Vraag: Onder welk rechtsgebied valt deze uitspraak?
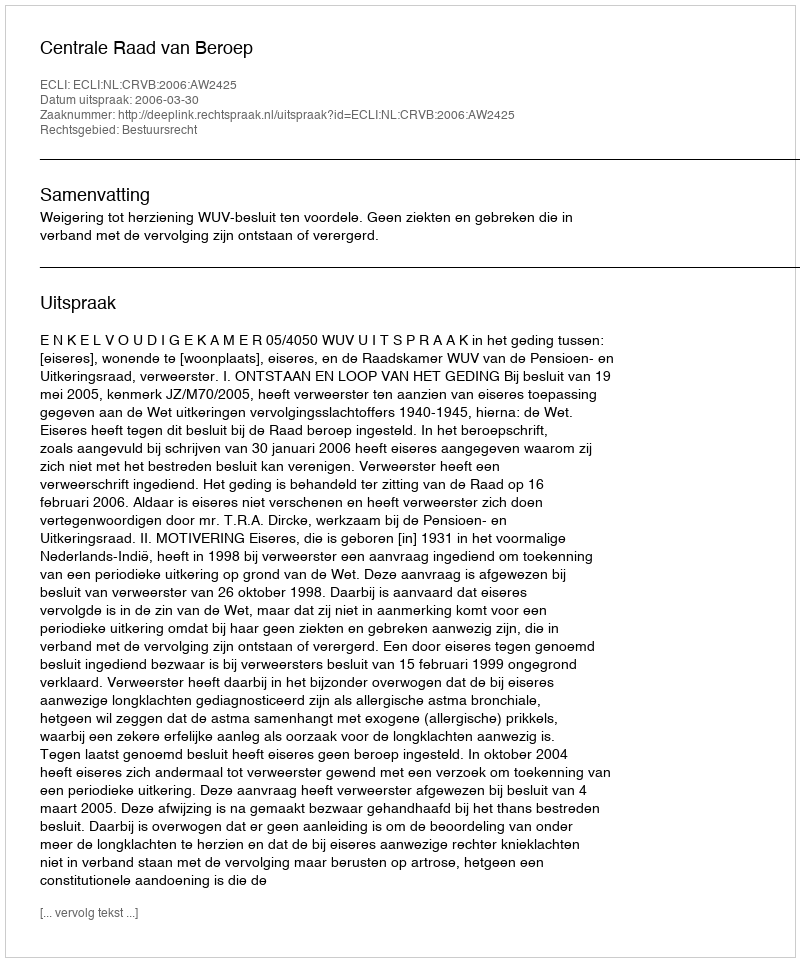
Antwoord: Bestuursrecht